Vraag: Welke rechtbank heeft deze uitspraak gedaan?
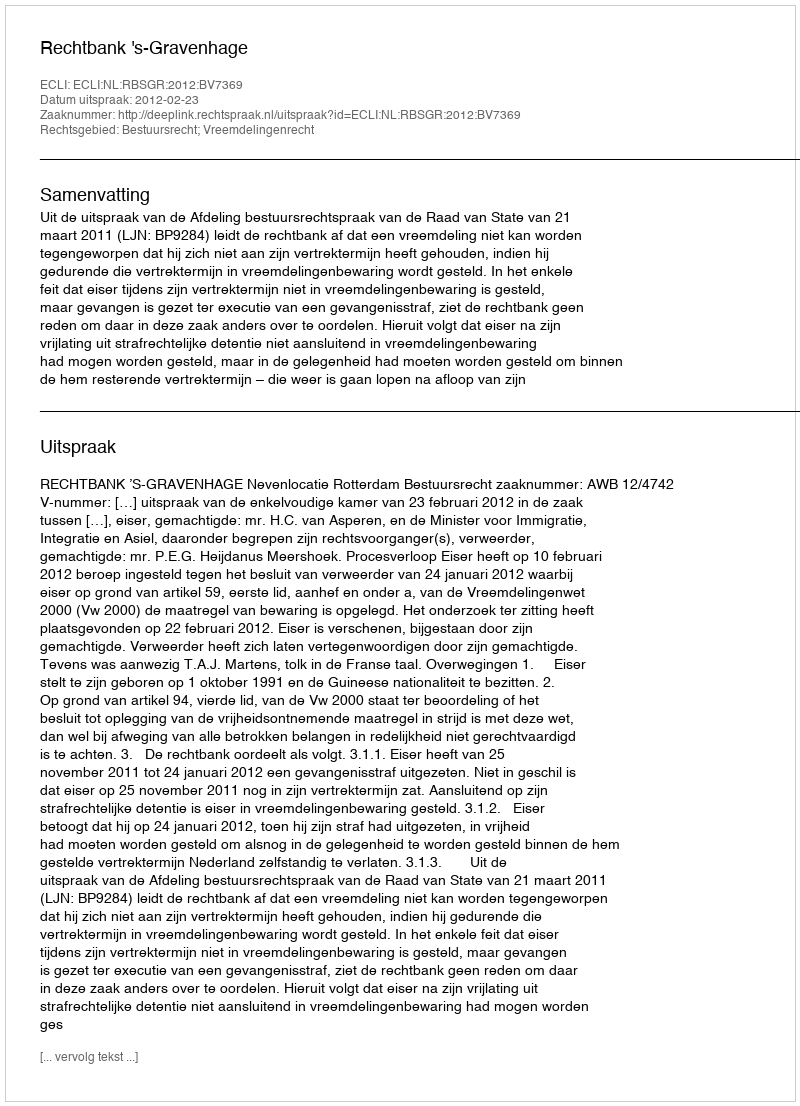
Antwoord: Rechtbank 's-Gravenhage